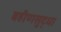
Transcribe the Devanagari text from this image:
बहीणसुद्धा